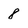
Character: 8